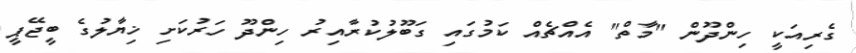
ގެރިއަކީ ހިންދޫން "މާތް" އެއްޗެއް ކަމުގައި ގަބޫލުކުރާއިރު ހިންދޫ ހަރުކަށި ޚިޔާލުގެ ބީޖޭޕީ